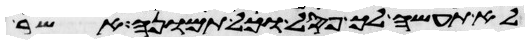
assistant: לא תעשה לך פסל וכל תמונה אשר